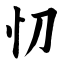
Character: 忉